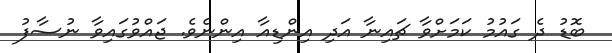
ބޮޑު ދެ ގައުމު ކަމަށްވާ ޗައިނާ އަދި އިންޑިއާ އިންނެވެ. ޖައްވުގައިވާ ނުސާފު